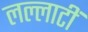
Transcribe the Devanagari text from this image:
लल्लाटीं